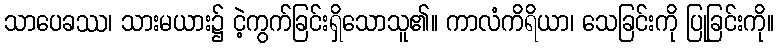
သာပေခဿ၊ သားမယား၌ ငဲ့ကွက်ခြင်းရှိသောသူ၏။ ကာလံကိရိယာ၊ သေခြင်းကို ပြုခြင်းကို။